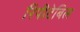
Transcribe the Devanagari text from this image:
रिपीटेबिल